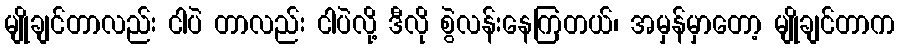
မျိုချင်တာလည်း ငါပဲ တာလည်း ငါပဲလို့ ဒီလို စွဲလန်းနေကြတယ်၊ အမှန်မှာတော့ မျိုချင်တာက